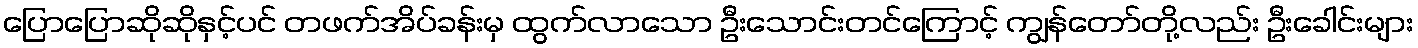
ပြောပြောဆိုဆိုနှင့်ပင် တဖက်အိပ်ခန်းမှ ထွက်လာသော ဦးသောင်းတင်ကြောင့် ကျွန်တော်တို့လည်း ဦးခေါင်းများ